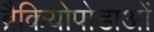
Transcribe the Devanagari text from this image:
ब्रैकियोपोडाओं